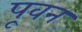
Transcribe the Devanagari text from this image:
पूवन